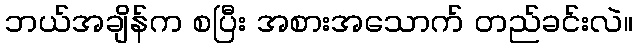
ဘယ်အချိန်က စပြီး အစားအသောက် တည်ခင်းလဲ။